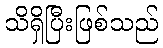
သိရှိပြီးဖြစ်သည်